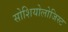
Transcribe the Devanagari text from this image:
सोशियोलोजिस्ट